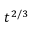
t ^ { 2 / 3 }